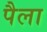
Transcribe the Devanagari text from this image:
पैला